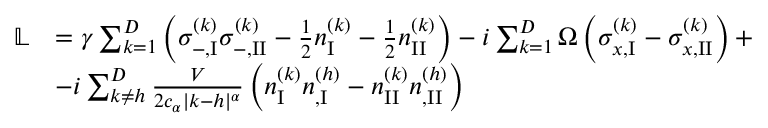
\begin{array} { r l } { \mathbb { L } } & { = \gamma \sum _ { k = 1 } ^ { D } \left( \sigma _ { - , \mathrm { I } } ^ { ( k ) } \sigma _ { - , \mathrm { I I } } ^ { ( k ) } - \frac { 1 } { 2 } { n } _ { \mathrm { I } } ^ { ( k ) } - \frac { 1 } { 2 } { n } _ { \mathrm { I I } } ^ { ( k ) } \right) - i \sum _ { k = 1 } ^ { D } \Omega \left( \sigma _ { x , \mathrm { I } } ^ { ( k ) } - \sigma _ { x , \mathrm { I I } } ^ { ( k ) } \right) + \, } \\ & { - i \sum _ { k \neq h } ^ { D } \frac { V } { 2 c _ { \alpha } | k - h | ^ { \alpha } } \left( n _ { \mathrm { I } } ^ { ( k ) } n _ { , \mathrm { I } } ^ { ( h ) } - n _ { \mathrm { I I } } ^ { ( k ) } n _ { , \mathrm { I I } } ^ { ( h ) } \right) } \end{array}